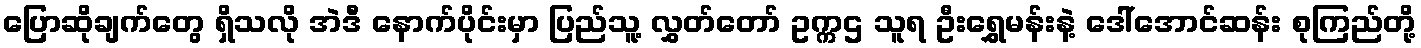
ပြောဆိုချက်တွေ ရှိသလို အဲဒီ နောက်ပိုင်းမှာ ပြည်သူ့ လွှတ်တော် ဥက္ကဌ သူရ ဦးရွှေမန်းနဲ့ ဒေါ်အောင်ဆန်း စုကြည်တို့